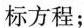
标方程；